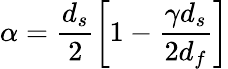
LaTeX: \alpha=\frac{d_{s}}{2}\left[1-\frac{\gamma d_{s}}{2d_{f}}\right]